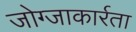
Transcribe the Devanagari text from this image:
जोग्जाकार्रता